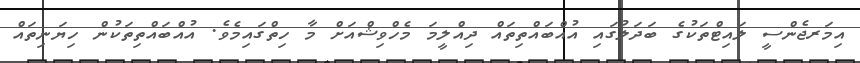
އިމަރޖެންސީ ލައިޓްތަކުގެ ބަދަލުގައި އުއްބައްތިތައް ދިއްލީމަ މެހްވިޝްއަށް މާ ހިތްގައިމެވެ. އުއްބައްތިތަކުން ހިޔަނިތައް